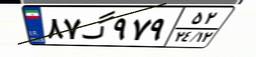
۲۶گ۶۰۰۳۷